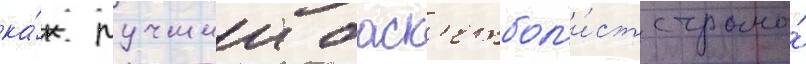
ка́к лучшии баск'етбол'и́ст страны́